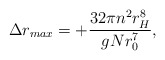
\begin{align*}\Delta r_{max} = +\frac{32\pi n^2 r_H^8}{gNr_0^7},\end{align*}